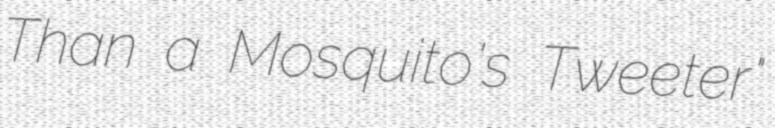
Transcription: Than a Mosquito's Tweeter"